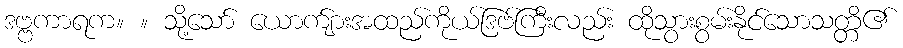
ဒဗ္ဗကာရက။ ။ သို့သော် ယောက်ျားအထည်ကိုယ်ဒြဗ်ကြီးလည်း ထိုသွားစွမ်းနိုင်သောသတ္တိ၏